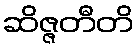
ဆိဇ္ဇတီတိ